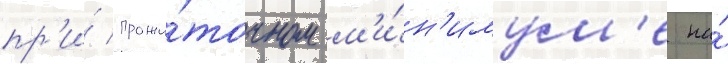
пр'и́ прожи́точном м'и́н'имум'е на́